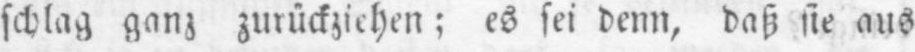
schlag ganz zurückziehen; es sei denn, daß sie aus